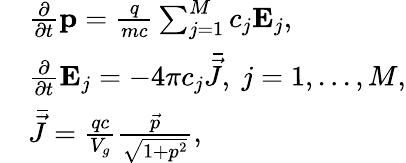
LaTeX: \begin{array}{rl}&{\frac{\partial}{\partial t}\mathbf{p}=\frac{q}{mc}\sum_{j=1}^{M}c_{j}\mathbf{E}_{j},}\\ &{\frac{\partial}{\partial t}\mathbf{E}_{j}=-4\pi c_{j}\bar{\vec{J}},\ j=1,...,M,}\\ &{\bar{\vec{J}}=\frac{qc}{V_{g}}\frac{\vec{p}}{\sqrt{1+p^{2}}},}\end{array}